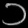
Digit: ၁